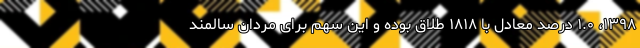
۱۳۹۸، ۱.۰ درصد معادل با ۱۸۱۸ طلاق بوده و این سهم برای مردان سالمند